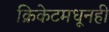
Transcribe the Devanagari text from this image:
क्रिकेटमधूनही